Civil Veterinary Dept. Bombay admin report 1907-1913 - 1907-1913
Year: 1907
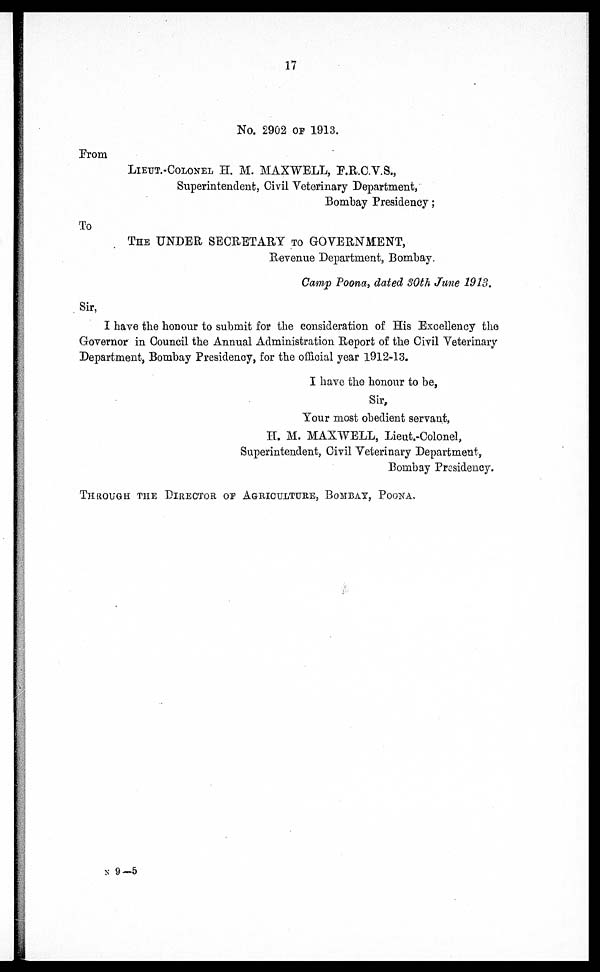
17
No. 2902 OF 1913.
From
LIEUT COLONEL H. M. MAXWELL, E.R.C.V.S.,
Superintendent, Civil Veterinary Department,
Bombay Presidency;
To
THE UNDER SECRETARY TO GOVERNMENT,
Revenue Department, Bombay.
Camp Poona, dated 80th June 1913.
Sir,
I have the honour to submit for the consideration of His Excellency the
Governor in Council the Annual Administration Report of the Civil Veterinary
Department, Bombay Presidency, for the official year 1912-13.
I have the honour to be,
Sir,
Your most obedient servant,
H. M. MAXWELL, Lieut.-Colonel,
Superintendent, Civil Veterinary Department,
Bombay Presidency.
THROUGH THE DIRECTOR OF AGRICULTURE, BOMBAY, POONA,
n 9—5